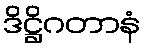
ဒိဋ္ဌိဂတာနံ